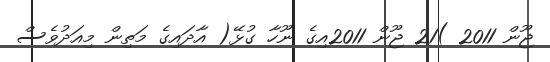
ޖޫން 2011 )21 ޖޫން 2011އިގެ ނޫހާ ގުޅޭ( އާދައިގެ މަތިން މިއަދުވެސް